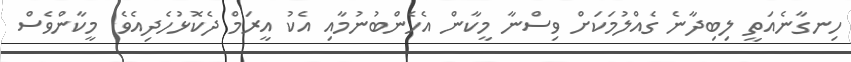
ހިނގާނެއަތީ ލިބިދާނެ ގެއްލުމަކަށް ވިސްނާ މީކާން އެހެންބުނުމާއި އެކު އީރަމް ދެކޮޅުހެދިއެވެ. މީކާންވެސް